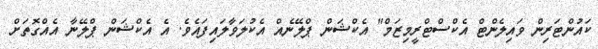
ކައުންޓަރިން ވައިލެންޓް އެކްސްޓްރީމިޒަމް" އެކްޝަން ޕްލޭނެއް އެކުލަވާލައިފައެވެ. އެ އެކްޝަން ޕްލޭނާ އެއްގޮތަށް